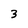
Character: 3